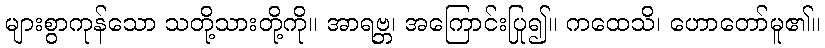
များစွာကုန်သော သတို့သားတို့ကို။ အာရဗ္ဘ၊ အကြောင်းပြု၍။ ကထေသိ၊ ဟောတော်မူ၏။